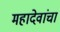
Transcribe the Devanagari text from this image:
महादेवांचा